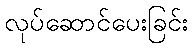
လုပ်ဆောင်ပေးခြင်း